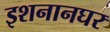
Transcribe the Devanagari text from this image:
इशनानघर